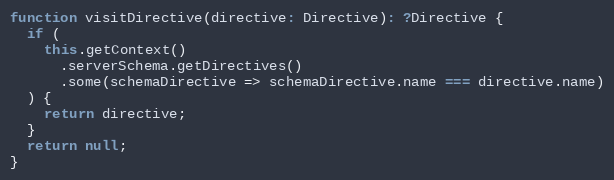
Language: JavaScript
function visitDirective(directive: Directive): ?Directive {
  if (
    this.getContext()
      .serverSchema.getDirectives()
      .some(schemaDirective => schemaDirective.name === directive.name)
  ) {
    return directive;
  }
  return null;
}